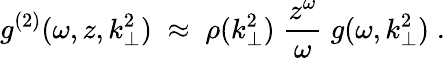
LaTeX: g^{(2)}(\omega,z,k_{\perp}^{2})\; \approx\; \rho(k_{\perp}^{2})\; \frac{z^{\omega}}{\omega}\; g(\omega,k_{\perp}^{2})\; .